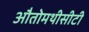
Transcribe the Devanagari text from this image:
औतोमथीसीटी